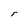
Character: r